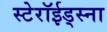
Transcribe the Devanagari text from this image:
स्टेरॉईड्स्ना